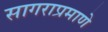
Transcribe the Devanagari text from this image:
सागराप्रमाणे